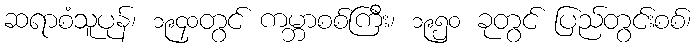
ဆရာစံသူပုန်၊ ၁၉၄၀တွင် ကမ္ဘာစစ်ကြီး၊ ၁၉၅၀ ခုတွင် ပြည်တွင်းစစ်၊